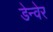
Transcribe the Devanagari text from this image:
डेन्वेर